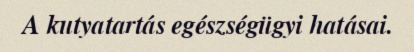
A kutyatartás egészségügyi hatásai.